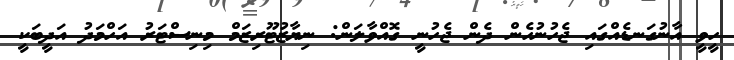
ހީވީ އާނުގަނޑެއްގައި ޖެހުނުހެން ދެން ޖެހުނީ ގޮއްވާލަން: ނިޔާޒުޓޫރިޒަމް މިނިސްޓަރު އަހްމަދު އަދީބަކީ